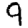
Digit: 9